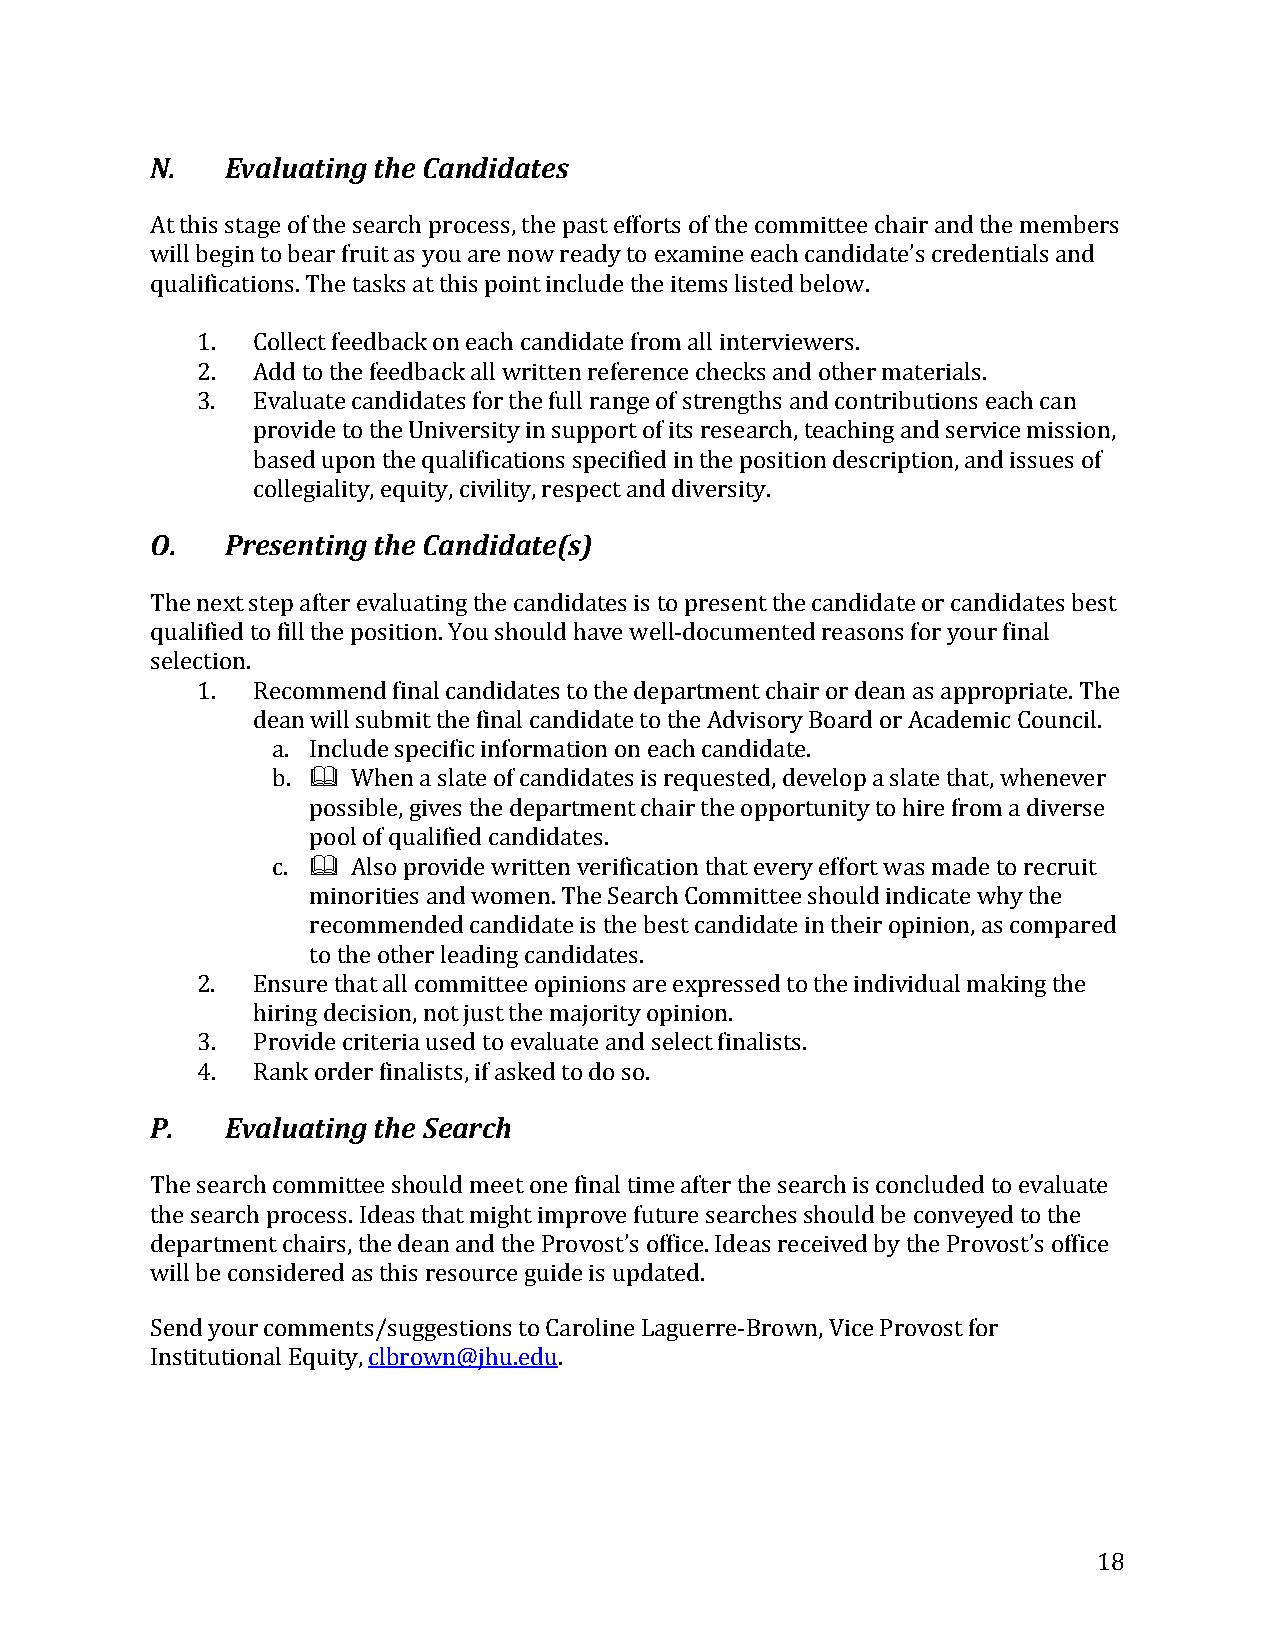
N.   Evaluating the Candidates
 At this stage of the search process, the past efforts of the committee chair and the members
 will begin to bear fruit as you are now ready to examine each candidate’s credentials and
 qualifi cations. The tasks at this point include the items listed below.
 1.  Collect feedback on each candidate from all interviewers.
 2.  Add to the feedback all written reference checks and other materials.
 3.  Evaluate candidates for the full range of strengths and contributions each can
 provide to the University in support of its research, teaching and service mission,
 based upon the qualifications specified in the position description, and issues of
 O.   Prceoslelengtiainlitgy ,t ehqeu iCtya, ncidviilditay,t ree(ssp)e ct and diversity.
 The next step after evaluating the candidates is to present the candidate or candidates best
 qualifi ed to fill the position. You should have well-documented reasons for your final
 selection.
 1.  Rec ommend final candidates to the department chair or dean as appropriate. The
 dea n will submit the final candidate to the Advisory Board or Academic Council.
 a. Include specific information on each candidate.
 b.   When a slate of candidates is requested, develop a slate that, whenever
 possible, gives the department chair the opportunity to hire from a diverse
 pool of qualified candidates.
 c.   Also provide written verification that every effort was made to recruit
 minorities and women. The Search Committee should indicate why the
 recommended candidate is the best candidate in their opinion, as compared
 to the other leading candidates.
 2.  Ensure that all committee opinions are expressed to the individual making the
 hiring decision, not just the majority opinion.
 3.  Provide criteria used to evaluate and select finalists.
 P. 4. EvRaalnuka otirndegr tfhinea lSisetas,r ifc ahs ked to do so.
 The search committee should meet one final time after the search is concluded to evaluate
 the search process. Ideas that might improve future searches should be conveyed to the
 department chairs, the dean and the Provost’s office. Ideas received by the Provost’s office
 will be considered as this resource guide is updated.
 Send your comments/suggestions to Caroline Laguerre-Brown, Vice Provost for
 Institutional Equity, clbrown@jhu.edu.
 18